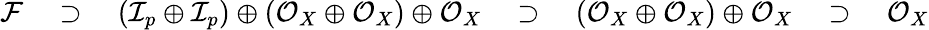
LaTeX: {\mathcal{F}}\quad\supset\quad(\mathcal{I}_{p}\oplus\mathcal{I}_{p})\oplus({\mathcal{O}}_{X}\oplus{\mathcal{O}}_{X})\oplus{\mathcal{O}}_{X}\quad\supset\quad({\mathcal{O}}_{X}\oplus{\mathcal{O}}_{X})\oplus{\mathcal{O}}_{X}\quad\supset\quad{\mathcal{O}}_{X}